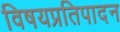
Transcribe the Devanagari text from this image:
विषयप्रतिपादन